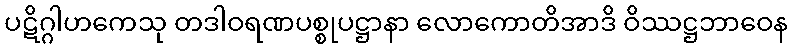
ပဋိဂ္ဂါဟကေသု တဒါဝရဏပစ္စုပဋ္ဌာနာ လောကောတိအာဒိ ဝိဿဋ္ဌဘာဝေန